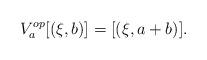
LaTeX: \begin{align*}V_{a}^{op}[(\xi,b)]=[(\xi,a+b)].\end{align*}